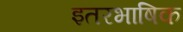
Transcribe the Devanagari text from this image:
इतरभाषिक